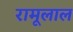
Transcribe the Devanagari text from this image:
रामूलाल